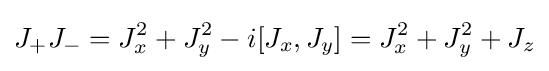
J_{+}J_{-}=J_{x}^{2}+J_{y}^{2}-i[J_{x},J_{y}]=J_{x}^{2}+J_{y}^{2}+J_{z}